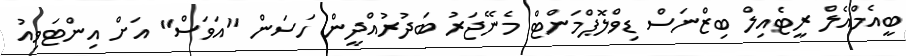
ބީއެމްއެލް ރީޓެއިލް ބިޒްނަސް ޑިވްލޮޕްމަންޓް މެނޭޖަރު ބަދުރުއްދީން ހަސަން "އަވަސް" އަށް އިންޓަވިއު